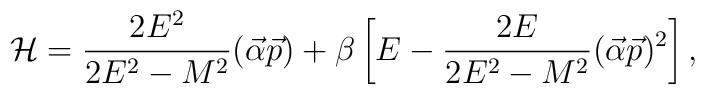
{\cal H}=\frac{2E^2}{2E^2-M^2}(\vec\alpha\vec p)+\beta \left[E-\frac{2E}{2E^2-M^2}(\vec\alpha\vec p)^2\right ],